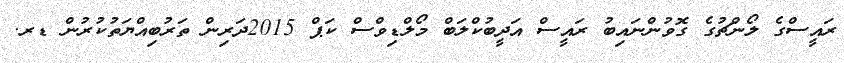
ރައީސްގެ ލޯންޗުގެ ގޮވުންނައިބު ރައީސް އަދީބުކްލަބް މޯލްޑިވްސް ކަޕް 2015ދަރިން ތަރުބިއްޔަތުކުރުން ޑރ.